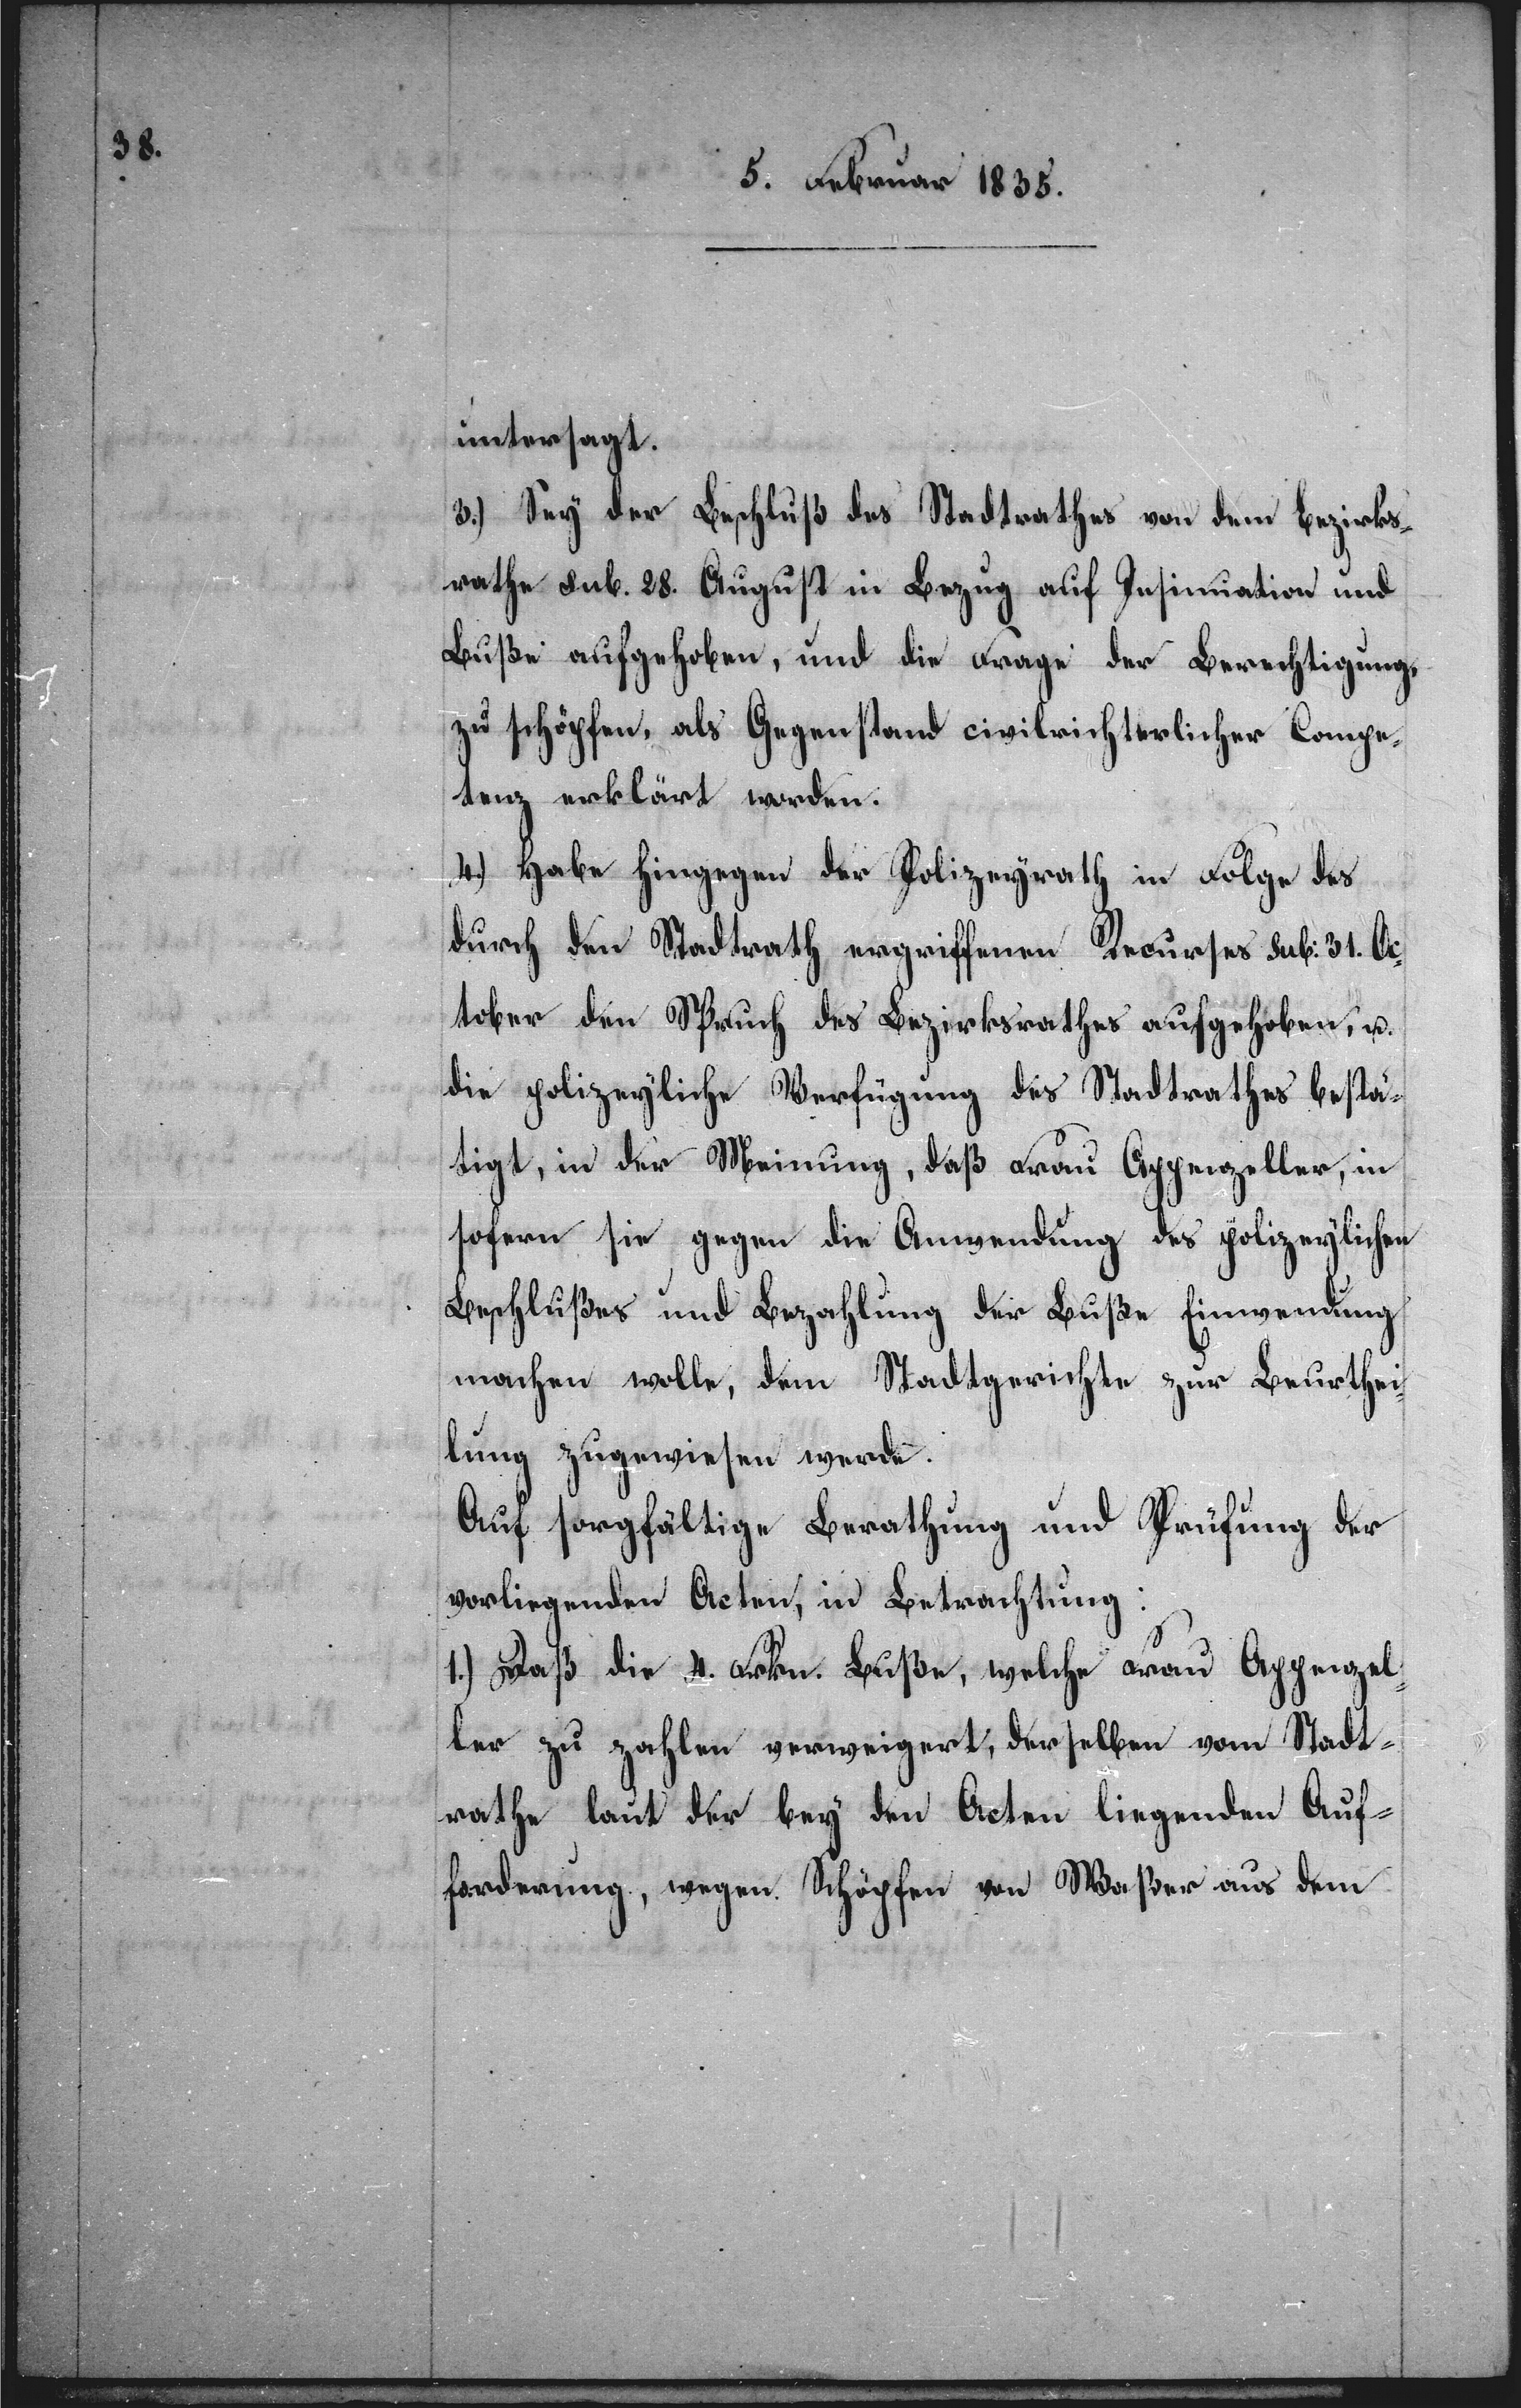
untersagt.
3.) Sey der Beschluß des Stadtrathes von dem Bezirks¬
rathe sub. 28. August in Bezug auf Insinuation und
Buße aufgehoben, und die Frage der Berechtigung,
zu schöpfen, als Gegenstand civilrichterlicher Compe¬
tenz erklärt worden.
4.) Habe hingegen der Polizeyrath in Folge des
durch den Stadtrath ergriffenen Recurses sub: 31. Oc¬
tober den Spruch des Bezirksrathes aufgehoben, u.
die polizeyliche Verfügung des Stadtrathes bestä¬
tigt, in der Meinung, daß Frau Appenzeller, in
sofern sie gegen die Anwendung des polizeylichen
Beschlußes und Bezahlung der Buße Einwendung
machen wolle, dem Stadtgerichte zur Beurthei¬
lung zugewiesen werde.
Auf sorgfältige Berathung und Prüfung der
vorliegenden Acten, in Betrachtung:
1.) Daß die 4. Frkn. Buße, welche Frau Appenzel¬
ler zu zahlen verweigert, derselben vom Stadt¬
rathe laut der bey den Acten liegenden Auf¬
forderung, wegen Schöpfen von Waßer aus dem